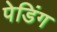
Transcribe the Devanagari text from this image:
पेडिंग